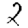
Digit: 2